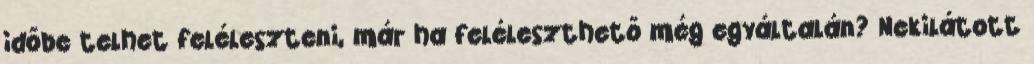
időbe telhet feléleszteni, már ha feléleszthető még egyáltalán? Nekilátott